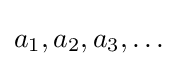
a_{1},a_{2},a_{3},\ldots